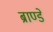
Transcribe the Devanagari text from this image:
ब्राण्डे